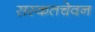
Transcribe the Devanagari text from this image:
सस्कतचेवन